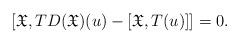
LaTeX: \begin{align*} [\mathfrak{X},TD(\mathfrak{X})(u)-[\mathfrak{X},T(u)]]=0.\end{align*}